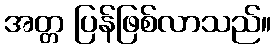
အတ္တ ပြန်ဖြစ်လာသည်။